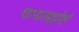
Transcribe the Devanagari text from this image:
पायमल्लीही